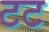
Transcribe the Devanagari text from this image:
टट